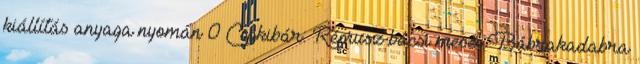
kiállítás anyaga nyomán 0 Csokibár: Rémusz bácsi meséi Bábrakadabra